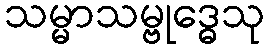
သမ္မာသမ္ဗုဒ္ဓေသု